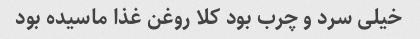
خیلی سرد و چرب بود کلا روغن غذا ماسیده بود